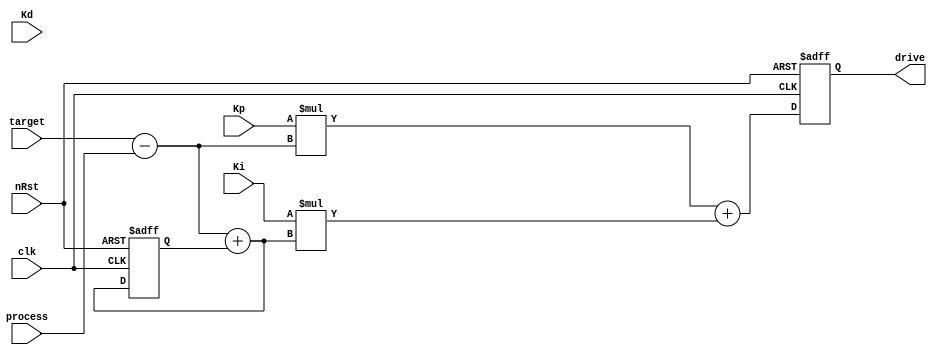
`timescale 1ns/1ps
module pid(
	input				                  clk,
	input				                  nRst,
	input    wire  signed   [31:0]   target,
   input    wire  signed   [31:0]   process,
   input    wire  signed   [31:0]   Kp,
   input    wire  signed   [31:0]   Ki,
   input    wire  signed   [31:0]   Kd,
	output   reg   signed   [31:0]   drive
);

   wire  signed   [31:0]   error;
   wire  signed   [31:0]   int_error_new;
   reg   signed   [31:0]   int_error_old;

   assign error = target - process;
   assign int_error_new = error + int_error_old;

	always@(posedge clk or negedge nRst) begin
		if(!nRst) begin
	      drive          <= 32'd0;	
         int_error_old  <= 32'd0;
		end else begin 
         drive <= (Kp*error) + (Ki*int_error_new);
         int_error_old <= int_error_new;
		end
	end
endmodule